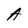
Character: A